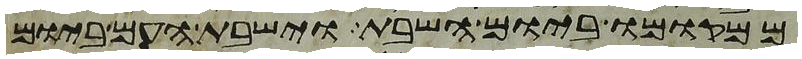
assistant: ממקומו ביום השבת וישבת העם ביום